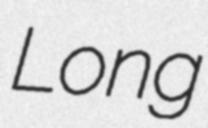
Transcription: Long